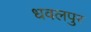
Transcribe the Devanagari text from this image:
धवलपुर